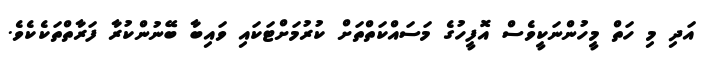
އަދި މި ހަތް މީހުންނަކީވެސް އޮފީހުގެ މަސައްކަތްތަށް ކުރުމަށްޓަަކައި ވައިބާ ބޭނުންކުރާ ފަރާތްތަކެކެވެ.